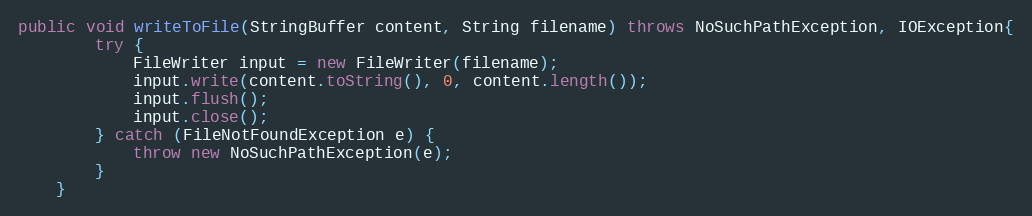
Language: Java
public void writeToFile(StringBuffer content, String filename) throws NoSuchPathException, IOException{
		try {
			FileWriter input = new FileWriter(filename);
			input.write(content.toString(), 0, content.length());
			input.flush();
			input.close();
		} catch (FileNotFoundException e) {
			throw new NoSuchPathException(e);
		}
	}